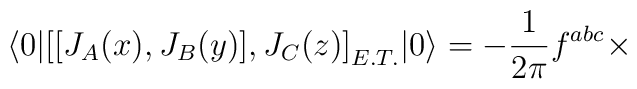
\langle 0|\big[ [J_{A}(x),J_{B}(y)],J_{C}(z) \big]_{E.T.}|0\rangle=-\frac{1}{2\pi}f^{abc}\times \ \ \ \ \ \ \ \ \ \ \ \ \ \ \ \ \ \ \ \\ \ \ \ \ \ \ \ \ \ \ \ \ \ \ \ \ \ \ \ \ \ \ \ \ \ \ \ \ \ \ \ \ \ \ \ \ \